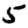
Digit: 5